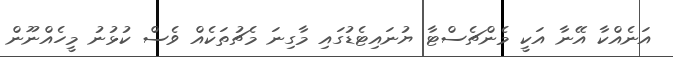
އަނެއްކާ އޭނާ އަކީ މެންޗެސްޓާ ޔުނައިޓެޑުގައި މާގިނަ މެޗުތަކެއް ވެސް ކުޅުނު މީހެއްނޫން